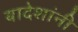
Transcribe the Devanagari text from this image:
यादेशांनी